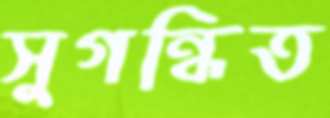
সুগন্ধিত